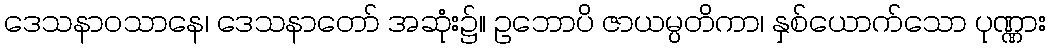
ဒေသနာဝသာနေ၊ ဒေသနာတော် အဆုံး၌။ ဥဘောပိ ဇာယမ္ပတိကာ၊ နှစ်ယောက်သော ပုဏ္ဏား